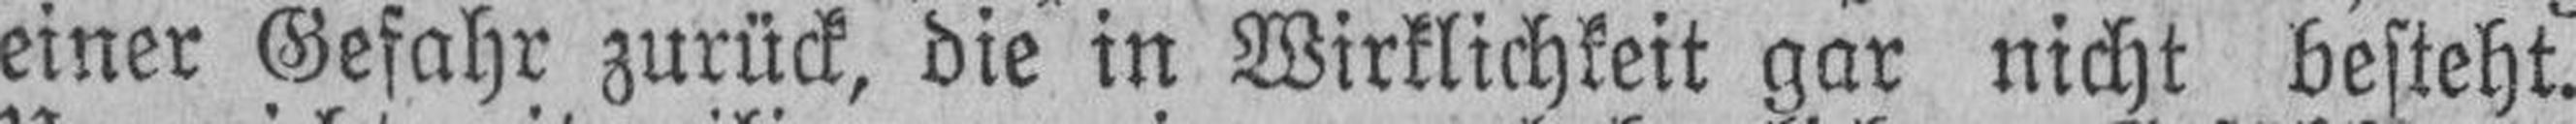
einer Gefahr zurück, die in Wirklichkeit gar nicht besteht.